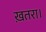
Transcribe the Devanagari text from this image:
ख़तरा।